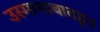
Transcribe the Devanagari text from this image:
उस्मानाबादहून